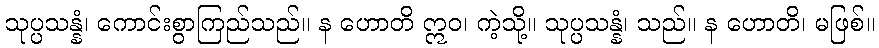
သုပ္ပသန္နံ၊ ကောင်းစွာကြည်သည်။ န ဟောတိ ဣဝ၊ ကဲ့သို့။ သုပ္ပသန္နံ၊ သည်။ န ဟောတိ၊ မဖြစ်။